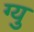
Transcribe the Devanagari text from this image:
ग्यु